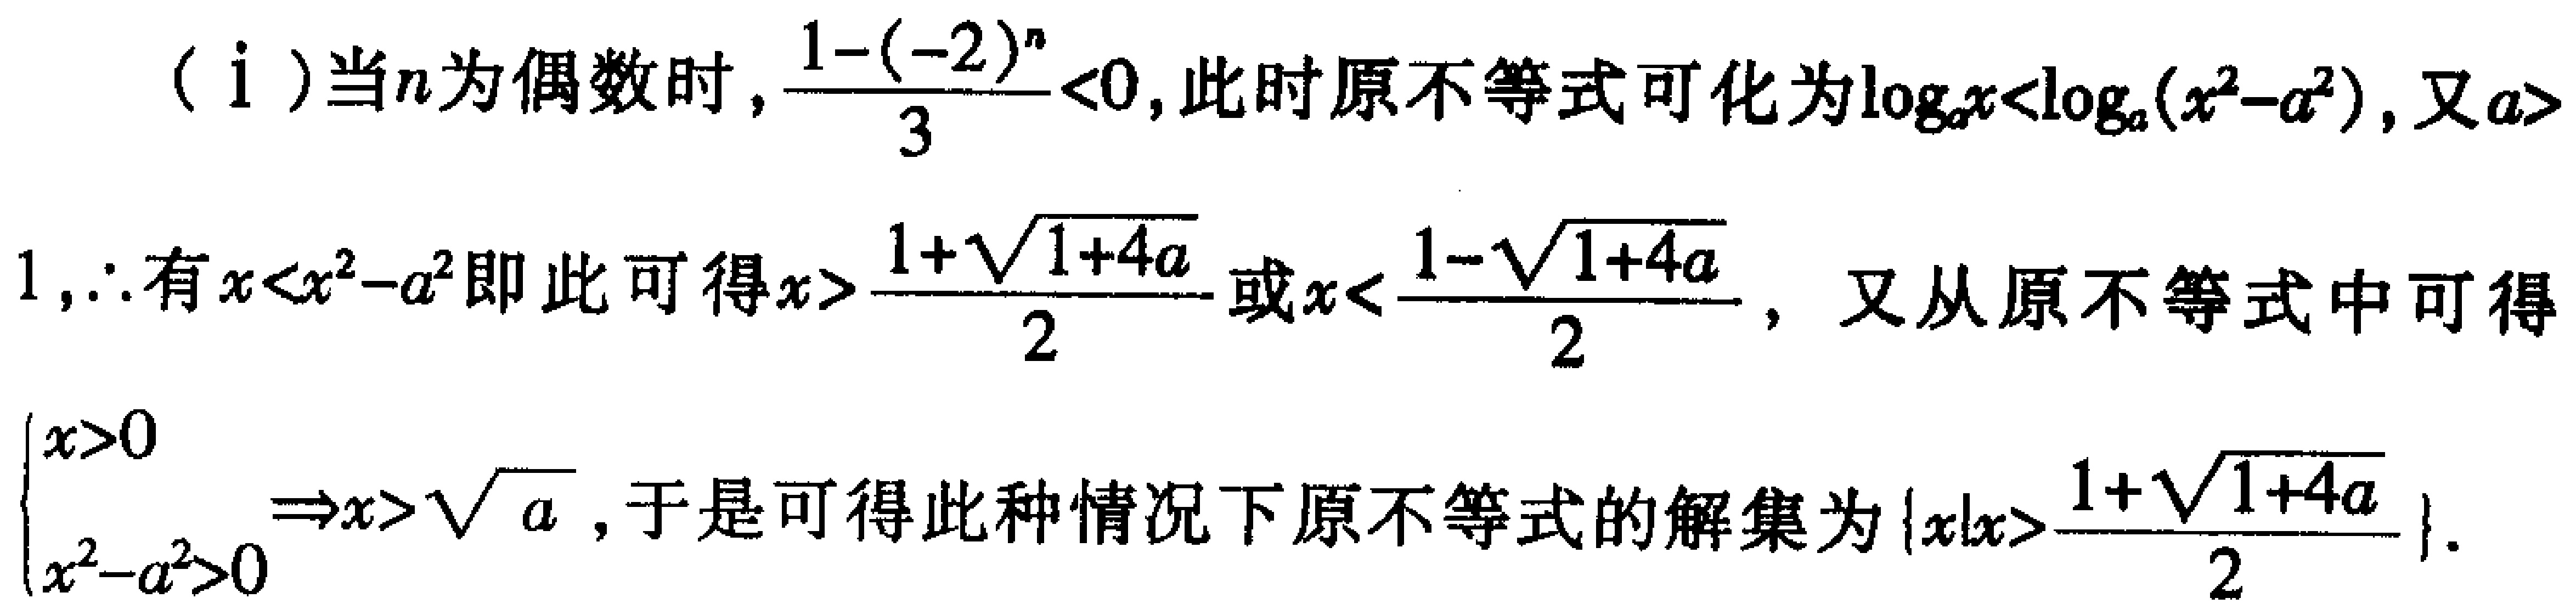
（i）当\(n\)为偶数时，\(\frac{1 - (-2)^n}{3} < 0\)，此时原不等式可化为\(\log_a x < \log_a (x^2 - a^2)\)，又\(a > 1\)，\(\therefore\)有\(x < x^2 - a^2\)即此可得\(x > \frac{1 + \sqrt{1 + 4a}}{2}\)或\(x < \frac{1 - \sqrt{1 + 4a}}{2}\)，又从原不等式中可得\(\begin{cases}x > 0 \\ x^2 - a^2 > 0\end{cases}\Rightarrow x > \sqrt{a}\)，于是可得此种情况下原不等式的解集为\(\left\{x|x > \frac{1 + \sqrt{1 + 4a}}{2}\right\}\)。